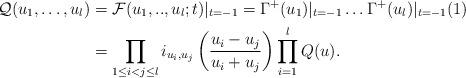
LaTeX: \begin{align*}\mathcal{Q}(u_1,\dots, u_l)&=\mathcal F(u_1,.., u_l; t)|_{t=-1}=\Gamma^+(u_1)|_{t=-1}\dots \Gamma^+(u_l)|_{t=-1} (1) \\&=\prod_{1\le i<j\le l} i_{u_i, u_j}\left( \frac{u_i-u_j}{u_i+u_j} \right)\prod_{i=1}^{l} Q(u).\end{align*}